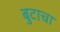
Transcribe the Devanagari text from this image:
बुटाचा